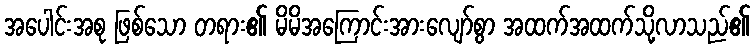
အပေါင်းအစု ဖြစ်သော တရား၏ မိမိအကြောင်းအားလျော်စွာ အထက်အထက်သို့လာသည်၏